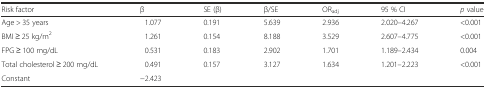
<table><thead><tr><td><b>Risk factor</b></td><td><b>β</b></td><td><b>SE (β)</b></td><td><b>β/SE</b></td><td><b>OR<sub>adj</sub></b></td><td><b>95 % CI</b></td><td><b><i>p</i> value</b></td></tr></thead><tbody><tr><td>Age &gt; 35 years</td><td>1.077</td><td>0.191</td><td>5.639</td><td>2.936</td><td>2.020–4.267</td><td>&lt;0.001</td></tr><tr><td>BMI ≥ 25 kg/m<sup>2</sup></td><td>1.261</td><td>0.154</td><td>8.188</td><td>3.529</td><td>2.607–4.775</td><td>&lt;0.001</td></tr><tr><td>FPG ≥ 100 mg/dL</td><td>0.531</td><td>0.183</td><td>2.902</td><td>1.701</td><td>1.189–2.434</td><td>0.004</td></tr><tr><td>Total cholesterol ≥ 200 mg/dL</td><td>0.491</td><td>0.157</td><td>3.127</td><td>1.634</td><td>1.201–2.223</td><td>&lt;0.001</td></tr><tr><td>Constant</td><td>−2.423</td><td></td><td></td><td></td><td></td><td></td></tr></tbody></table>